Scientific memoirs by medical officers of the Army of India - Part VIII,
Year: 1894
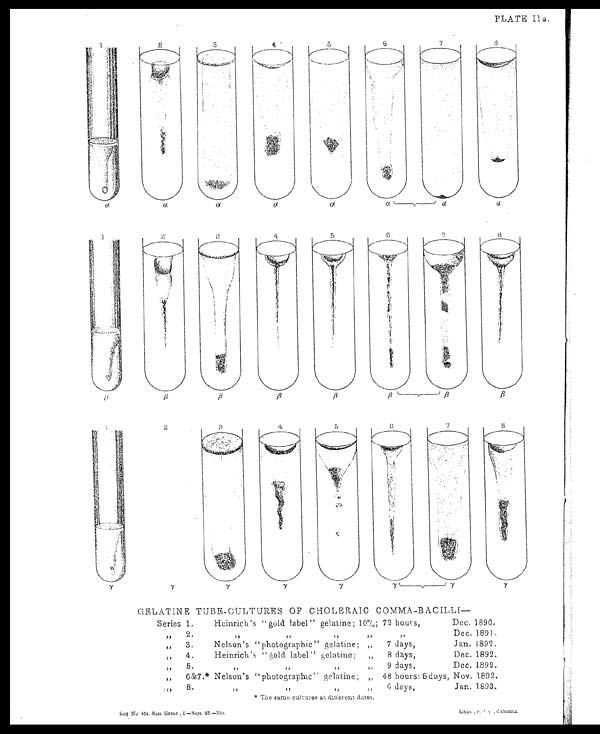
Reg No. 454, San Comr, I.—Sept. 93.—350.
Litho., S. I. O.,
Calcutta.
PLATE II a.
GELATINE TUBE-CULTURES OF CHOLERAIC COMMA-BACILLI
—
Series 1.
Heinrich's "gold label" gelatine; 10%; 72 hours,
Dec. 1890.
2.
" " " "
"
Dec. 1891.
" 3 .
Nelson's "photographic" gelatine; "
7 days,
Jan. 1892.
" 4 .
Heinrich's "gold label" gelatine;
"
8 days,
Dec. 1892.
" 5 .
" " " "
9 days,
Dec. 1892.
" 6 & 7 . * Nelson's "photographic” gelatine; "
48 hours: 6 days, Nov. 1892.
" 8 .
" " " "
6 days,
Jan. 1893.